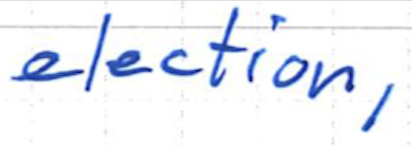
Text: election,
Cross-out: clean
Writing tool: ballpoint